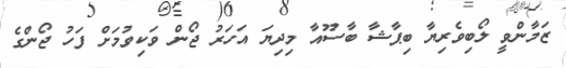
ޒަމާންވީ ލޯބިވެރިޔާ ބިޕާޝާ ބާސޫއާ މިދިޔަ އަހަރު ޖޯން ވަކިވުމަށް ފަހު ޖޯންގެ